Sketch of the medical history of the native army of Bombay, for the year
Year: 1870
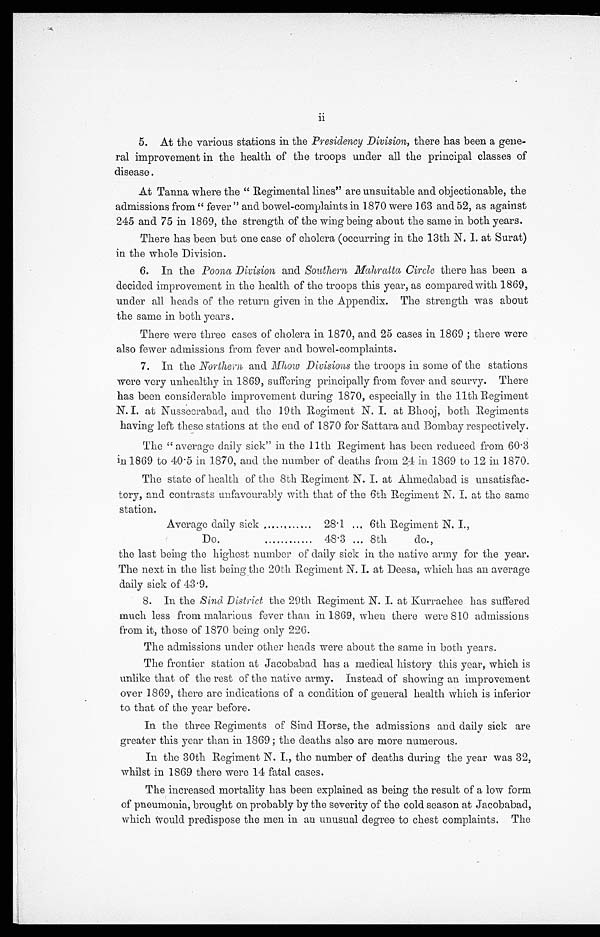
- r a l i m p r o v e m e n t i n t h e h e a l t h o f t h e t r o o p s u n d e r a l l t h e p r i n c i p a l c l a s s e s o f
disease.
At Tanna where the "Regimental lines" are unsuitable and objectionable, the
admissions from "fever" and bowel-complaints in 1870 were 163 and 52, as against
245 and 75 in 1869, the strength of the wing being about the same in both years.
There has been but one case of cholera (occurring in the 13th N. I. at Surat)
in the whole Division.
6. In the Poona Division and Southern, Mahratta Circle there has been a
decided improvement in the health of the troops this year, as compared with 1869,
under all heads of the return given in the Appendix. The strength was about
the same in both years.
There were three cases of cholera in 1870, and 25 cases in 1869; there were
also fewer admissions from fever and bowel-complaints.
7. In the Northern and Mhow Divisions the troops in some of the stations
were very unhealthy in 1869, suffering principally from fever and scurvy. There
has been considerable improvement during 1870, especially in the 11th Regiment
N.I.. at Nusseerabad, and the 19th Regiment N. I. at Bhooj, both Regiments
having left these stations at the end of 1870 for Sattara and Bombay respectively.
The "average daily sick" in the 11th Regiment has been reduced from 60.3
in 1869 to 40.5 in 1870, and the number of deaths from 24 in 1369 to 12 in 1870.
The state of health of the 8th Regiment N. I. at Ahmedabad is unsatisfac-
tory, and contrasts unfavourably with that of the 6th Regiment N. I. at the same
s t a t i o n .
Average daily sick . . .
28.1
. . . 6th Regiment N. I.,
D o . . . .
4 8 . 3 . . . 8th
do.,
the last being the highest number of daily sick in the native army for the year.
The next in the list being the 20th Regiment N. I. at Deesa, which has an average
daily sick of 43.9.
8. In the Sind District the 29th Regiment N. I. at Kurrachee has suffered
much less from malarious fever than in 1869, when there were 810 admissions
from it, those of 1870 being only 226.
The admissions under other heads were about the same in both years.
The frontier station at Jacobabad has a medical history this year, which is
unlike that of the rest of the native army. Instead of showing an improvement
over 1869, there are indications of a condition of general health which is inferior
to that of the year before.
In the three Regiments of Sind Horse, the admissions and daily sick are
greater this year than in 1869; the deaths also are more numerous.
In the 30th Regiment N. I., the number of deaths during the year was 32,
whilst in 1869 there were 14 fatal cases.
The increased mortality has been explained as being the result of a low form
of pneumonia, brought on probably by the severity of the cold season at Jacobabad,
which would predispose the men in an unusual degree to chest complaints. The